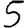
Digit: 5